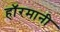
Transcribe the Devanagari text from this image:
हाॅरमानी